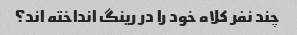
چند نفر کلاه خود را در رینگ انداخته اند؟